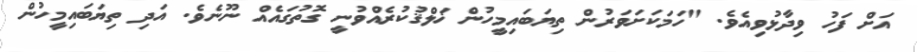
އަށް ފަހު ވިދާޅުވިއެވެ. "ހަމަކަށަވަރުން ތިޔަބައިމީހުން ޚަލްޤުކުރެއްވުނީ ގޮތުގައެއް ނޫނެވެ. އަދި ތިޔަބައިމީހުން